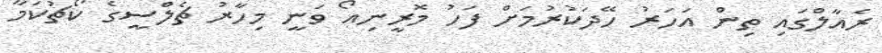
ރެއާލްގައި ތިން އަހަރު ހޭދަކުރުމަށް ފަހު މޮރީނިއޯ ވަނީ މިހާރު ޗެލްސީގެ ކޯޗުކަމާ